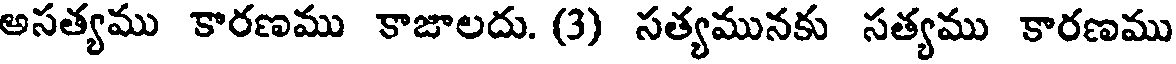
అసత్యము కారణము కాజాలదు. (3) సత్యమునకు సత్యము కారణము